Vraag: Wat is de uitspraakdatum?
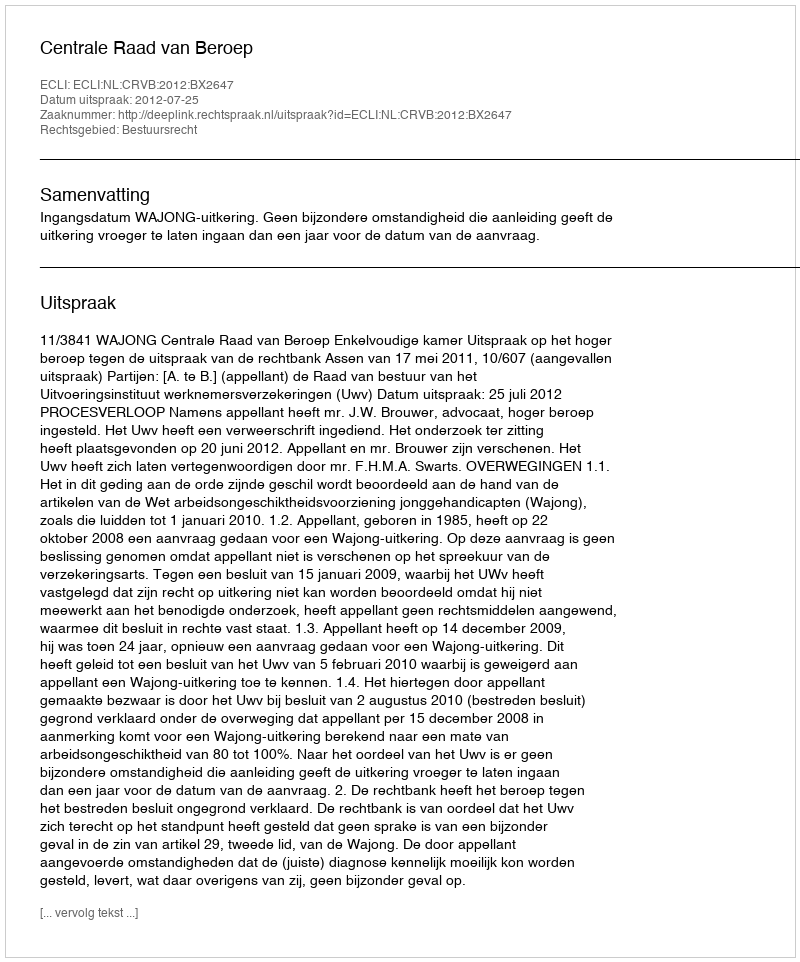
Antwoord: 2012-07-25